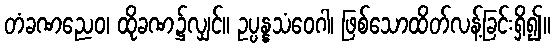
တံခဏညေဝ၊ ထိုခဏ၌လျှင်။ ဥပ္ပန္နသံဝေဂါ၊ ဖြစ်သောထိတ်လန့်ခြင်းရှိ၍။